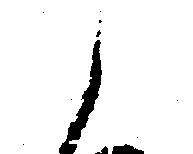
と